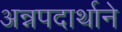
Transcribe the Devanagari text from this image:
अन्नपदार्थाने